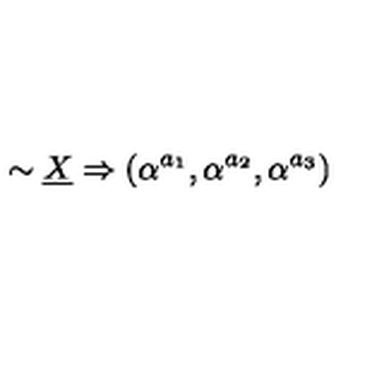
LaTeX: \sim \underline { { X } } \Rightarrow ( \alpha ^ { a _ { 1 } } , \alpha ^ { a _ { 2 } } , \alpha ^ { a _ { 3 } } )